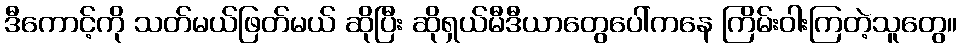
ဒီကောင့်ကို သတ်မယ်ဖြတ်မယ် ဆိုပြီး ဆိုရှယ်မီဒီယာတွေပေါ်ကနေ ကြိမ်းဝါးကြတဲ့သူတွေ။